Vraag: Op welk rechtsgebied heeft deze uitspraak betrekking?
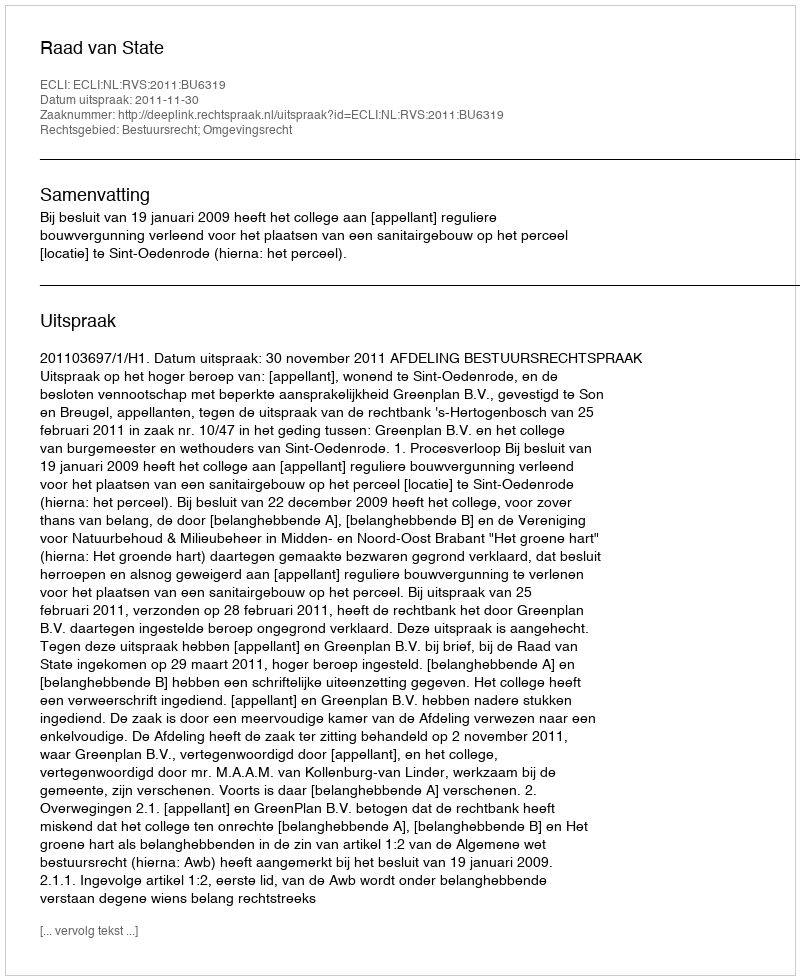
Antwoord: Bestuursrecht; Omgevingsrecht